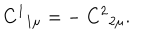
C ^ { 1 } { } _ { 1 \mu } = - \ C ^ { 2 } { } _ { 2 \mu } .